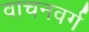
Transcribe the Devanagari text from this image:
वाचनवर्ग